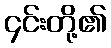
၄င်းတို့၏